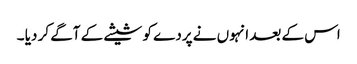
اس کے بعد انہوں نے پردے کو شیشے کے آگے کر دیا ۔